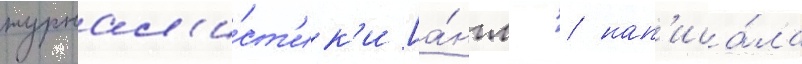
журнал'и́ст'ик'и [а́нгл. / нап'иса́ла